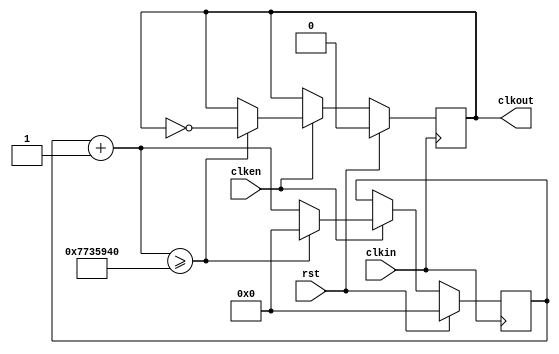
module clk_second(
input clkin,
input rst,
input clken,
output reg clkout
);

parameter clk_freq=5;
parameter countlimit=50000000/2*clk_freq; // 

reg[31:0] clkcount;
always @ (posedge clkin)
begin
	if(rst)
	begin
		clkcount=0;
		clkout=1'b0;
	end
	else
	begin
		if(clken)
		begin
			clkcount=clkcount+1;
			if(clkcount>=countlimit)
			begin
				clkcount=32'd0;
				clkout=~clkout;
			end
		else
			clkout=clkout;
		end
		else
		begin
			clkcount=clkcount;
			clkout=clkout;
		end
	end
end
	
endmodule